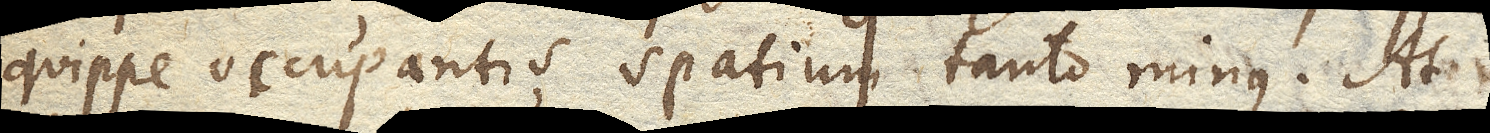
quippe occupantis spatium tanto minus. At